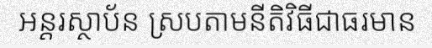
អន្តរស្ថាប័ន ស្របតាមនីតិវិធីជាធរមាន